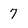
Character: 7